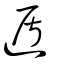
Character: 遁